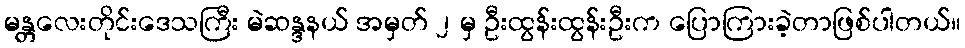
မန္တလေးတိုင်းဒေသကြီး မဲဆန္ဒနယ် အမှတ် ၂ မှ ဦးထွန်းထွန်းဦးက ပြောကြားခဲ့တာဖြစ်ပါတယ်။